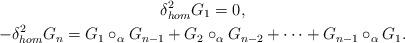
LaTeX: \begin{gather*}\delta_{hom}^2G_1=0,\\-\delta_{hom}^2G_n=G_1\circ_{\alpha}G_{n-1}+G_2\circ_{\alpha}G_{n-2}+\cdots+G_{n-1}\circ_{\alpha}G_1.\end{gather*}